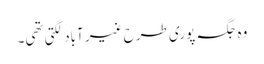
وہ جگہ پوری طرح غیر آباد لگتی تھی۔